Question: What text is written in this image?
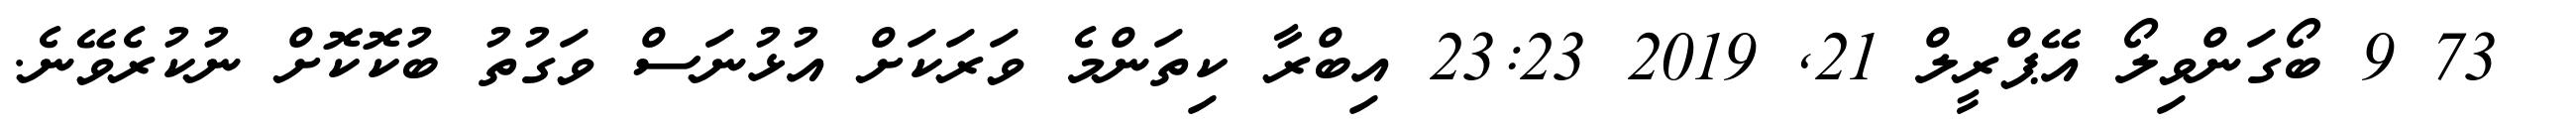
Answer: ? 73 9 ބޯގަންވިލޯ އޭޕްރީލް 21, 2019 23:23 އިބްރާ ކިތަންމެ ވަރަކަށް އުޅުނަސް ވަގުތު ބުކޮކޮށް ނުކުރެވޭނެ.